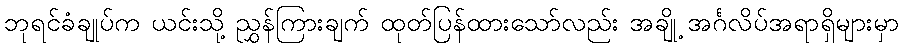
ဘုရင်ခံချုပ်က ယင်းသို့ ညွှန်ကြားချက် ထုတ်ပြန်ထားသော်လည်း အချို့ အင်္ဂလိပ်အရာရှိများမှာ